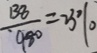
\frac { 1 3 8 } { 9 8 0 } = 2 3 \%